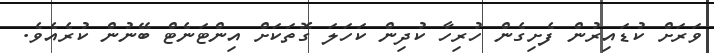
ވަރަށް ކުޑައިރުން ފެށިގެން ހުރިހާ ކުދިން ކަހަލަ ގޮތަކަށް އިންޓަނެޓް ބޭނުން ކުރެއެވެ.